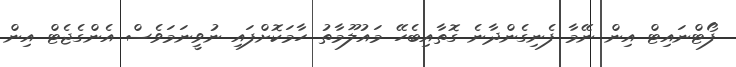
ފޯޓްނައިޓް އިން ނޭމާ ފެނިގެންދާނެ ގޮތާއިބެހޭ މައުލޫމާތު ހާމަކޮށްފައި ނުވީނަމަވެސް އެންގެޖެޓް އިން